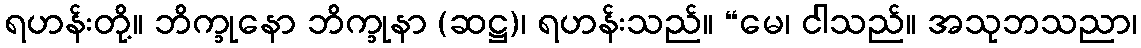
ရဟန်းတို့။ ဘိက္ခုနော ဘိက္ခုနာ (ဆဋ္ဌ)၊ ရဟန်းသည်။ “မေ၊ ငါသည်။ အသုဘသညာ၊